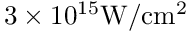
3 \times 1 0 ^ { 1 5 } \mathrm { { W / c m ^ { 2 } } }